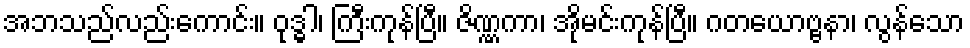
အဘသည်လည်းကောင်း။ ဝုဒ္ဓါ၊ ကြီးကုန်ပြီ။ ဇိဏ္ဏကာ၊ အိုမင်းကုန်ပြီ။ ဂတယောဗ္ဗနာ၊ လွန်သော